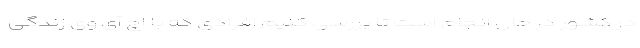
در کشور در حال انجام است تا بررسی کنیم افرادی که با اچ آی وی زندگی